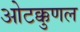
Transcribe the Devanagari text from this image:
ओटक्कुणल